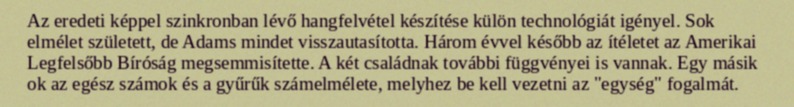
Az eredeti képpel szinkronban lévő hangfelvétel készítése külön technológiát igényel. Sok elmélet született, de Adams mindet visszautasította. Három évvel később az ítéletet az Amerikai Legfelsőbb Bíróság megsemmisítette. A két családnak további függvényei is vannak. Egy másik ok az egész számok és a gyűrűk számelmélete, melyhez be kell vezetni az "egység" fogalmát.